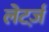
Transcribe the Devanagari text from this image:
लेटर्ज़